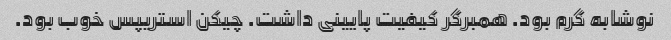
نوشابه گرم بود. همبرگر کیفیت پایینی داشت. چیکن استریپس خوب بود.